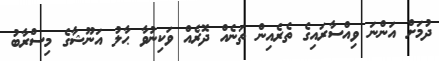
ދުމަށް އަންނަ ވިއްސާރައިގެ ތެރެއިން ތަނެއް ދޮރެއް ވަކިނުވާ ޙާލު އަނޫޝާގެ މިސްރާބު